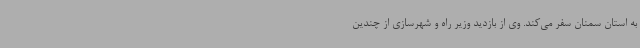
به استان سمنان سفر می‌کند. وی از بازدید وزیر راه و شهرسازی از چندین